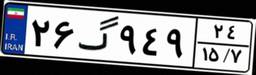
۲۸گ۱۲۰۳۶